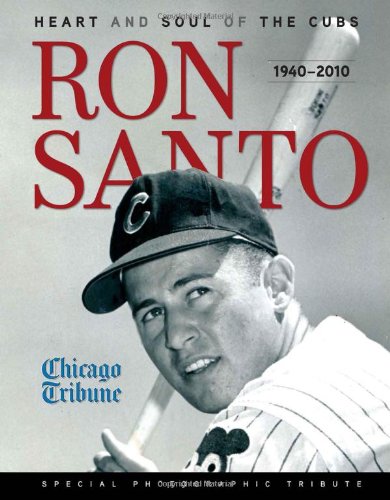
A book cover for Ron Santo: Heart and Soul of the Cubs; The Chicago Tribune; Sports & Outdoors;